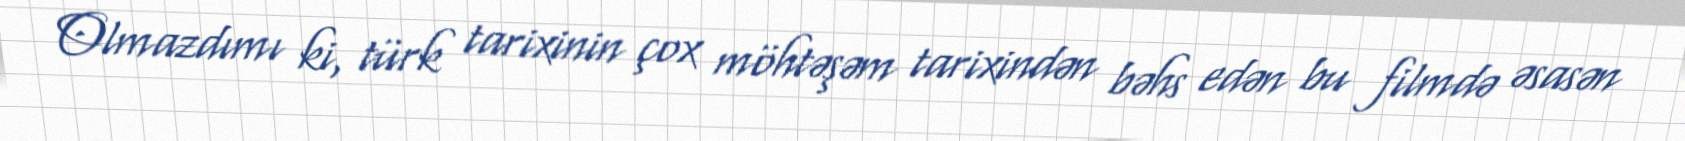
Olmazdımı ki, türk tarixinin çox möhtəşəm tarixindən bəhs edən bu filmdə əsasən